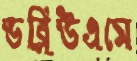
ডব্লিউএমে